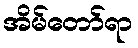
အိမ်တော်ရာ